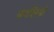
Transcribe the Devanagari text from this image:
बगलियों